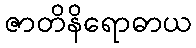
ဇာတိနိရောဓာယ